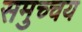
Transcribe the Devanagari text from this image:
समुच्‍चय